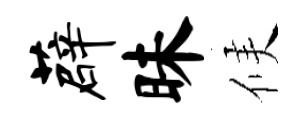
薜昧候